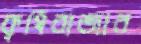
কৃষিবাজার